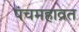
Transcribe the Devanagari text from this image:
पंचमहाव्रत